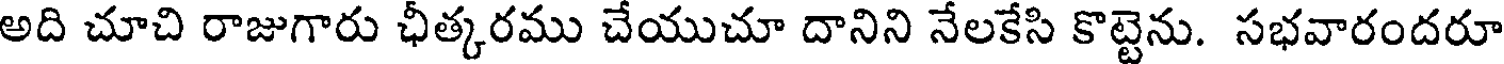
అది చూచి రాజుగారు ఛీత్కరము చేయుచూ దానిని నేలకేసి కొట్టెను. సభవారందరూ